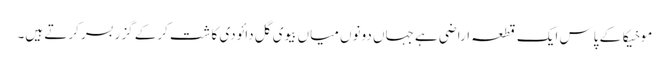
موخیکا کے پاس ایک قطعہ اراضی ہے جہاں دونوں میاں بیوی گل دائودی کاشت کرکے گزر بسر کرتے ہیں۔